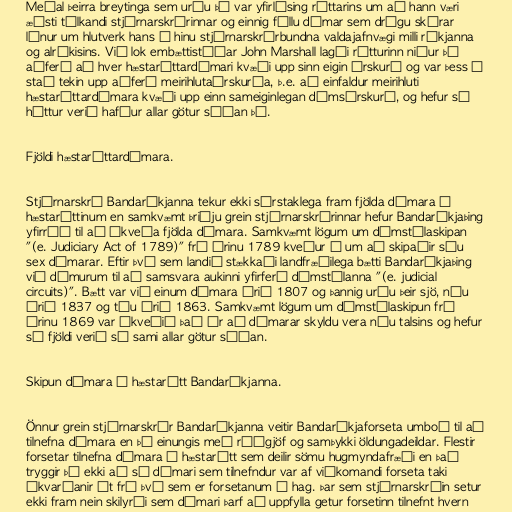
Meðal þeirra breytinga sem urðu þá var yfirlýsing réttarins um að hann væri
æðsti túlkandi stjórnarskrárinnar og einnig féllu dómar sem drógu skýrar
línur um hlutverk hans í hinu stjórnarskrárbundna valdajafnvægi milli ríkjanna
og alríkisins. Við lok embættistíðar John Marshall lagði rétturinn niður þá
aðferð að hver hæstaréttardómari kvæði upp sinn eigin úrskurð og var þess í
stað tekin upp aðferð meirihlutaúrskurða, þ.e. að einfaldur meirihluti
hæstaréttardómara kvæði upp einn sameiginlegan dómsúrskurð, og hefur sá
háttur verið hafður allar götur síðan þá.

Fjöldi hæstaréttardómara.

Stjórnarskrá Bandaríkjanna tekur ekki sérstaklega fram fjölda dómara í
hæstaréttinum en samkvæmt þriðju grein stjórnarskrárinnar hefur Bandaríkjaþing
yfirráð til að ákveða fjölda dómara. Samkvæmt lögum um dómstólaskipan
"(e. Judiciary Act of 1789)" frá árinu 1789 kveður á um að skipaðir séu
sex dómarar. Eftir því sem landið stækkaði landfræðilega bætti Bandaríkjaþing
við dómurum til að samsvara aukinni yfirferð dómstólanna "(e. judicial
circuits)". Bætt var við einum dómara árið 1807 og þannig urðu þeir sjö, níu
árið 1837 og tíu árið 1863. Samkvæmt lögum um dómstólaskipun frá
árinu 1869 var ákveðið það ár að dómarar skyldu vera níu talsins og hefur
sá fjöldi verið sá sami allar götur síðan.

Skipun dómara í hæstarétt Bandaríkjanna.

Önnur grein stjórnarskrár Bandaríkjanna veitir Bandaríkjaforseta umboð til að
tilnefna dómara en þó einungis með ráðgjöf og samþykki öldungadeildar. Flestir
forsetar tilnefna dómara í hæstarétt sem deilir sömu hugmyndafræði en það
tryggir þó ekki að sá dómari sem tilnefndur var af viðkomandi forseta taki
ákvarðanir út frá því sem er forsetanum í hag. Þar sem stjórnarskráin setur
ekki fram nein skilyrði sem dómari þarf að uppfylla getur forsetinn tilnefnt hvern